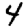
Digit: 4